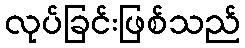
လုပ်ခြင်းဖြစ်သည်